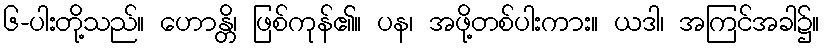
၆-ပါးတို့သည်။ ဟောန္တိ၊ ဖြစ်ကုန်၏။ ပန၊ အဖို့တစ်ပါးကား။ ယဒါ၊ အကြင်အခါ၌။